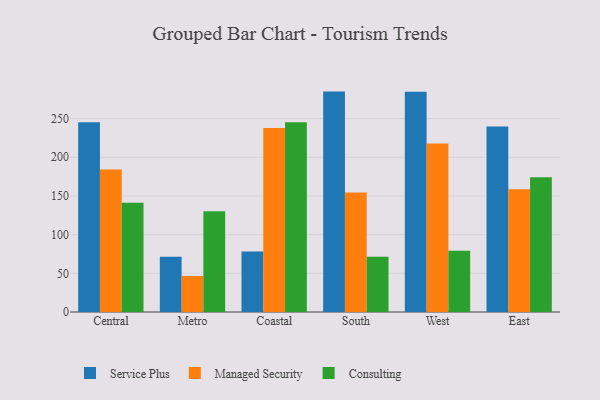
{"axis": {"x": "Region", "y": "Temperature (°C)"}, "legend": ["Consulting", "Managed Security", "Service Plus"], "data": [{"x": "Central", "y": 245.3, "type": "Service Plus"}, {"x": "Central", "y": 184.1, "type": "Managed Security"}, {"x": "Central", "y": 141.1, "type": "Consulting"}, {"x": "Metro", "y": 71.4, "type": "Service Plus"}, {"x": "Metro", "y": 46.6, "type": "Managed Security"}, {"x": "Metro", "y": 130.2, "type": "Consulting"}, {"x": "Coastal", "y": 78.3, "type": "Service Plus"}, {"x": "Coastal", "y": 237.8, "type": "Managed Security"}, {"x": "Coastal", "y": 245.4, "type": "Consulting"}, {"x": "South", "y": 284.9, "type": "Service Plus"}, {"x": "South", "y": 154.5, "type": "Managed Security"}, {"x": "South", "y": 71.3, "type": "Consulting"}, {"x": "West", "y": 284.6, "type": "Service Plus"}, {"x": "West", "y": 217.9, "type": "Managed Security"}, {"x": "West", "y": 79.3, "type": "Consulting"}, {"x": "East", "y": 239.7, "type": "Service Plus"}, {"x": "East", "y": 158.6, "type": "Managed Security"}, {"x": "East", "y": 174.1, "type": "Consulting"}]}